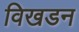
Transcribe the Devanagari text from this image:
विखडन